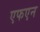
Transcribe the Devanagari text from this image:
एफएन